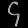
Digit: ၄